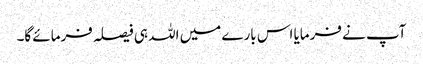
آپ نے فرمایا اس بارے میں اللہ ہی فیصلہ فرمائے گا۔